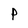
Character: P